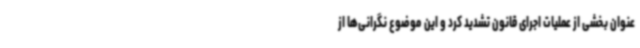
عنوان بخشی از عملیات اجرای قانون تشدید کرد و این موضوع نگرانی‌ها از